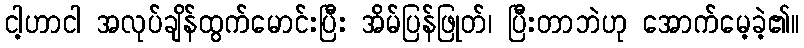
ငါ့ဟာငါ အလုပ်ချိန်ထွက်မောင်းပြီး အိမ်ပြန်ဖြုတ်၊ ပြီးတာဘဲဟု အောက်မေ့ခဲ့၏။